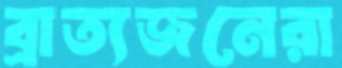
ব্রাত্যজনেরা